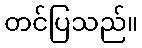
တင်ပြသည်။